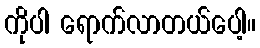
ကိုပါ ရောက်လာတယ်ပေါ့။